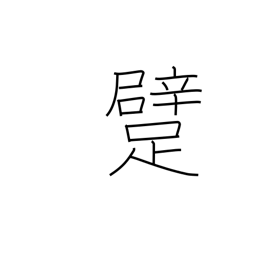
Meaning: crawl